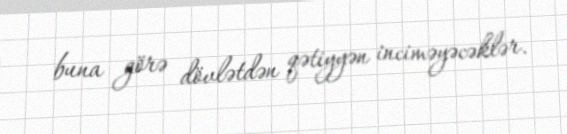
buna görə dövlətdən qətiyyən inciməyəcəklər.